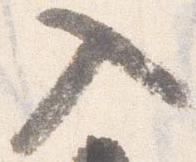
入